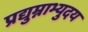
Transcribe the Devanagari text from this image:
प्रद्युम्नाभ्युदय